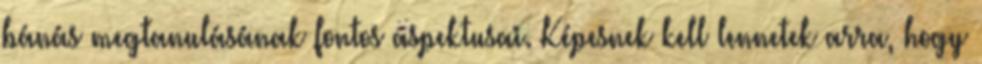
bánás megtanulásának fontos aspektusai. Képesnek kell lennetek arra, hogy